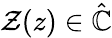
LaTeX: \mathcal{Z}(z)\in\hat{\mathbb{C}}